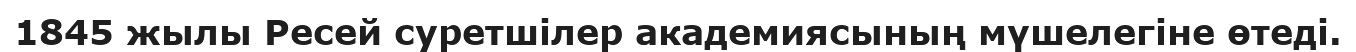
1845 жылы Ресей суретшілер академиясының мүшелегіне өтеді.